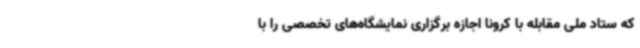
که ستاد ملی مقابله با کرونا اجازه برگزاری نمایشگاه‌های تخصصی را با